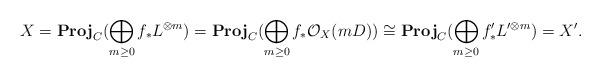
LaTeX: \begin{align*}X=\boldsymbol{\mathrm{Proj}}_C(\bigoplus_{m\ge0}f_*L^{\otimes m})=\boldsymbol{\mathrm{Proj}}_C(\bigoplus_{m\ge0}f_*\mathcal{O}_X(mD))\cong \boldsymbol{\mathrm{Proj}}_C(\bigoplus_{m\ge0}f'_*L'^{\otimes m})=X'.\end{align*}